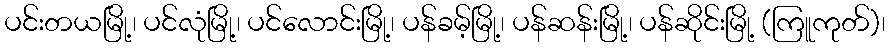
ပင်းတယမြို့၊ ပင်လုံမြို့၊ ပင်လောင်းမြို့၊ ပန်ခမ့်မြို့၊ ပန်ဆန်းမြို့၊ ပန်ဆိုင်းမြို့ (ကြူကုတ်)၊